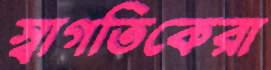
স্বাগতিকেরা